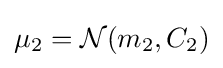
\mu _{2}={\mathcal {N}}(m_{2},C_{2})